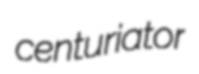
centuriator